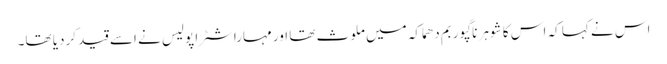
اس نے کہا کہ اس کا شوہر ناگپور بم دھماکہ میں ملوث تھا اور مہاراشٹرا پولیس نے اسے قید کردیا تھا۔